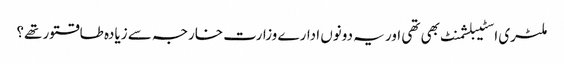
ملٹری اسٹیبلشمنٹ بھی تھی اور یہ دونوں ادارے وزارت خارجہ سے زیادہ طاقتور تھے؟